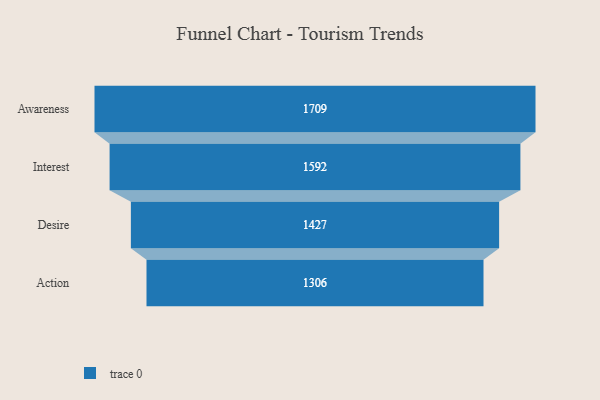
{"axis": {"x": "Stage", "y": "Value"}, "legend": [""], "data": [{"x": "Awareness", "y": 1709.0, "type": ""}, {"x": "Interest", "y": 1592.0, "type": ""}, {"x": "Desire", "y": 1427.0, "type": ""}, {"x": "Action", "y": 1306.0, "type": ""}]}